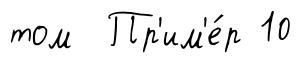
том Пр'им'е́р 10